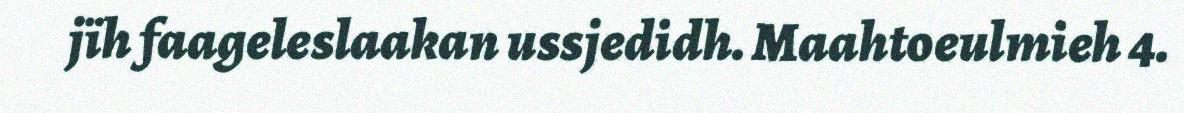
jïh faageleslaakan ussjedidh. Maahtoeulmieh 4.